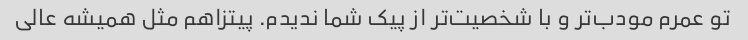
تو عمرم مودب‌تر و با شخصیت‌تر از پیک شما ندیدم. پیتزاهم مثل همیشه عالی